Annual report on the health of the army in India
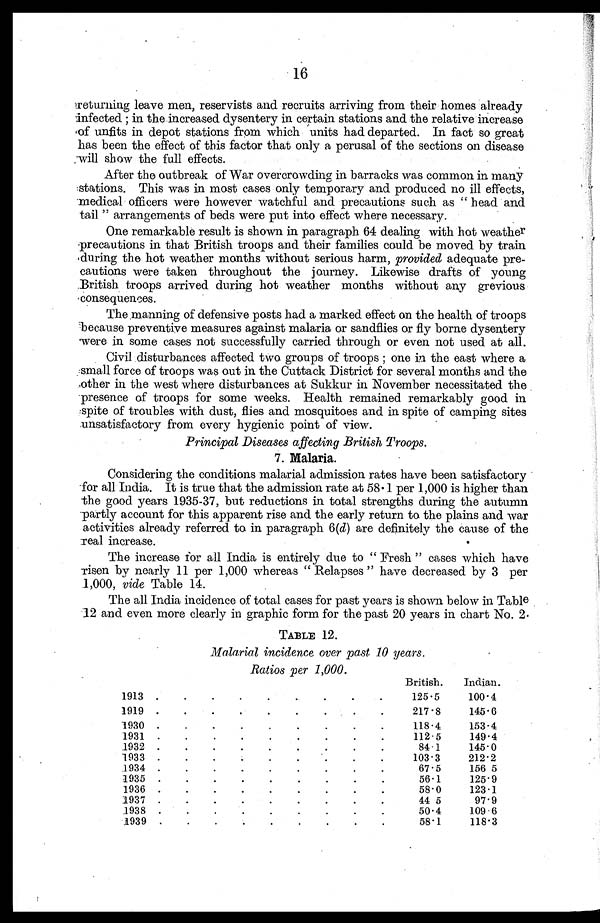
16
returning leave men, reservists and recruits arriving from their homes already
infected ; in the increased dysentery in certain stations and the relative increase
of unfits in depot stations from which units had departed. In fact so great
has been the effect of this factor that only a perusal of the sections on disease
will show the full effects.
•
After the outbreak of War overcrowding in barracks was common in many
stations. This was in most cases only temporary and produced no ill effects,
medical officers were however watchful and precautions such as " head and
tail " arrangements of beds were put into effect where necessary.
One remarkable result is shown in paragraph 64 dealing with hot weather
precautions in that British troops and their families could be moved by train
during the hot weather months without serious harm, provided adequate pre
cautions were taken throughout the journey. Likewise drafts of young
.British troops arrived during hot weather months without any grevious
consequences.
The manning of defensive posts had a marked effect on the health of troops
because preventive measures against malaria or sandflies or fly borne dysentery
were in some cases not successfully carried through or even not used at all.
Civil disturbances affected two groups of troops ; one in the east where a
small force of troops was out in the Cuttack District for several months and the
other in the west where disturbances at Sukkur in November necessitated the
presence of troops for some weeks. Health remained remarkably good in
spite of troubles with dust, flies and mosquitoes and in spite of camping sites
unsatisfactory from every hygienic point of view.
Principal Diseases affecting British Troops.
7. Malaria.
Considering the conditions malarial admission rates have been satisfactory
for all India. It is true that the admission rate at 58.1 per 1,000 is higher than
the good years 1935-37, but reductions in total strengths during the autumn
partly account for this apparent rise and the early return to the plains and war
activities already referred to in paragraph 6(d) are definitely the cause of the
real increase.
•
The increase for all India is entirely due to " Fresh " cases which have
risen by nearly 11 per 1,000 whereas " Relapses " have decreased by 3 per
1 , 0 0 0 ,
vide Table 14.
The all India incidence of total cases for past years is shown below in Table
12 and even more clearly in graphic form for the past 20 years in chart No. 2.
TABLE 12.
Malarial incidence over past 10 years.
Ratios per 1,000.
British.
Indian.
1913 .
.
.
.
.
.
.
.
. 125.5
100.4
1919 .
.
.
.
.
.
.
.
.
217.8
145.6
1930 .
.
.
.
.
.
.
.
.
118.4
153.4
1931 .
.
.
.
.
.
.
.
.
112.5
149.4
1932 .
.
.
.
.
.
.
.
.
84.1
145.0
1933 .
.
.
.
.
.
.
.
.
103.3
212.2
.1934 .
.
.
.
.
.
.
.
.
67.5
156 5
1935 .
.
.
.
.
.
.
.
.
56.1
125.9
1936 .
.
.
.
.
.
.
.
.
58.0
123.1
1937 .
.
.
.
.
.
.
.
.
44 5
97.9
1938 .
.
.
.
.
.
.
.
.
50.4
109.6
1939 .
.
.
58.1
118.3